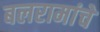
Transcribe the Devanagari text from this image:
बलरामांचे